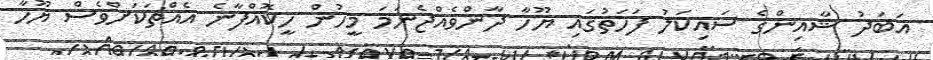
އަބަދު ޝާއިންގެ ސައިކަލު ފަހަތުގައި ޔޫހާ ދާންވެއްޖެނަމަ މީހުން ހީކޮއްފާނެ އެއްޗަކަށްވެސް ޔޫހާ